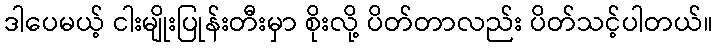
ဒါပေမယ့် ငါးမျိုးပြုန်းတီးမှာ စိုးလို့ ပိတ်တာလည်း ပိတ်သင့်ပါတယ်။